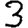
Digit: 3